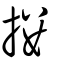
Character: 摟